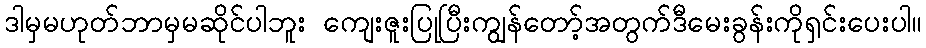
ဒါမှမဟုတ်ဘာမှမဆိုင်ပါဘူး ကျေးဇူးပြုပြီးကျွန်တော့်အတွက်ဒီမေးခွန်းကိုရှင်းပေးပါ။